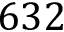
6 3 2